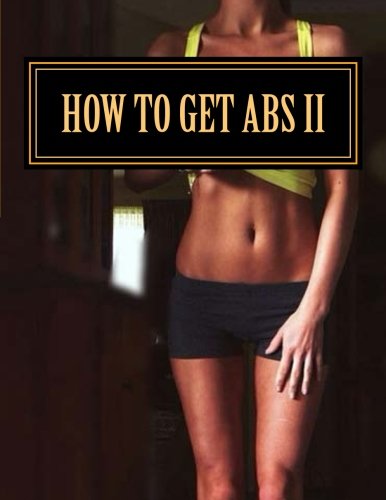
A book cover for How To Get Abs: 30 Day Abs Challenge (Flat Abs) (Volume 2); oswin dacosta; Health, Fitness & Dieting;